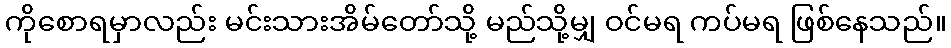
ကိုစောရမှာလည်း မင်းသားအိမ်တော်သို့ မည်သို့မျှ ဝင်မရ ကပ်မရ ဖြစ်နေသည်။